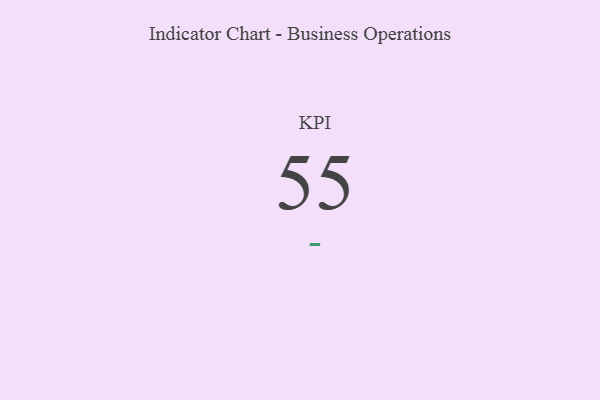
{"axis": {"x": "KPI", "y": "Value"}, "legend": [""], "data": [{"x": "KPI", "y": 55, "type": ""}]}